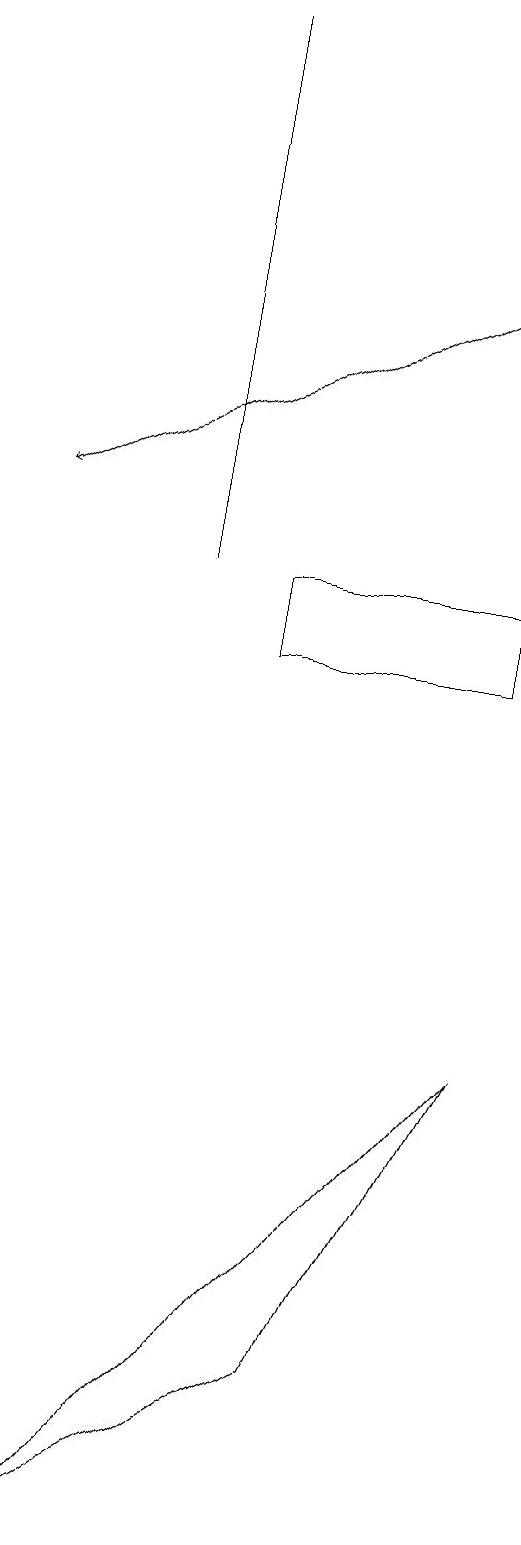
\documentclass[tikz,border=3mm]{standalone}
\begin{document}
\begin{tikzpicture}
\draw (8,6) -- (6,2) -- (3,0) -- cycle;
\draw (8,11) rectangle (5,12);
\draw[->] (8,16) -- (2,13);
\draw (4,12) rectangle (4,19);
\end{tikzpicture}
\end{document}